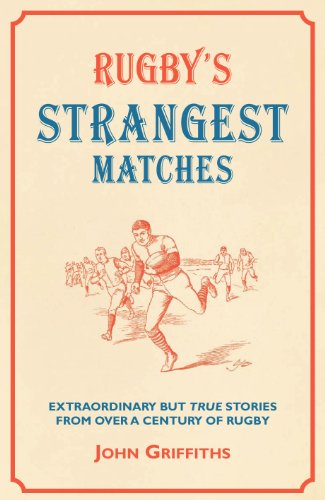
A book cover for Rugby's Strangest Matches: Extraordinary But True Stories from Over a Century of Rugby (Strangest series); John C. Griffiths; Humor & Entertainment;